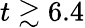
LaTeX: t\gtrsim 6.4